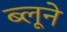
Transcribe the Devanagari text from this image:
ब्लूने